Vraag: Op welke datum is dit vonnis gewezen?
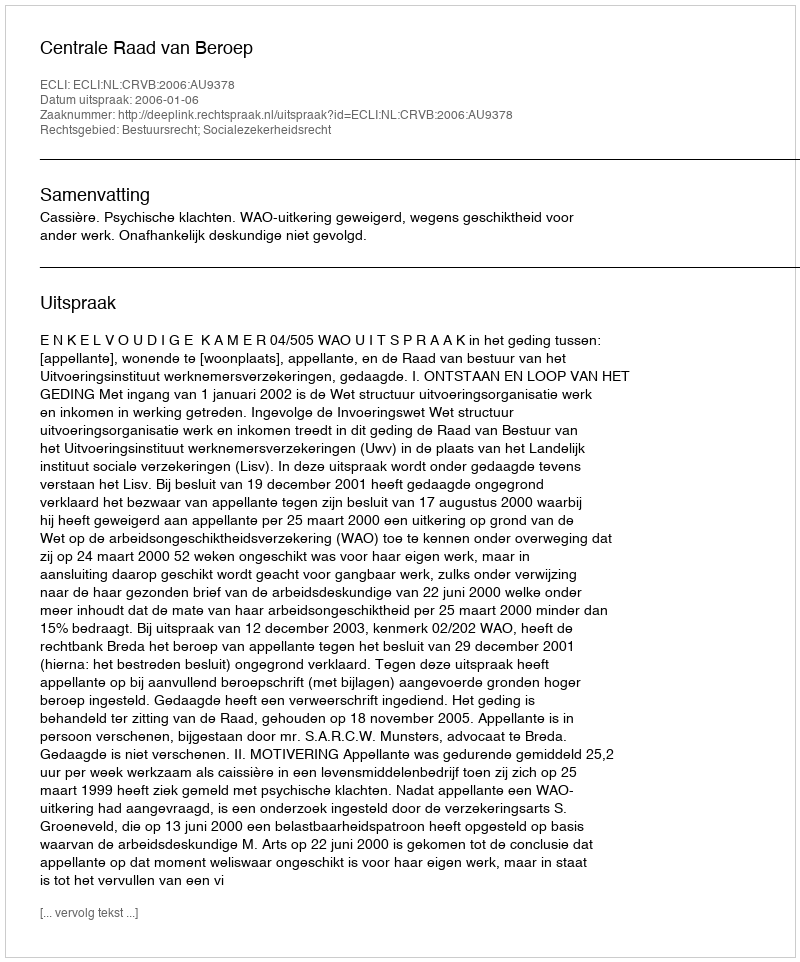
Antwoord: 2006-01-06